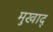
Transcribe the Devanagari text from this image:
मुखाद्